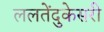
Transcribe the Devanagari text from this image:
ललतेंदुकेसरी